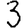
Digit: 3